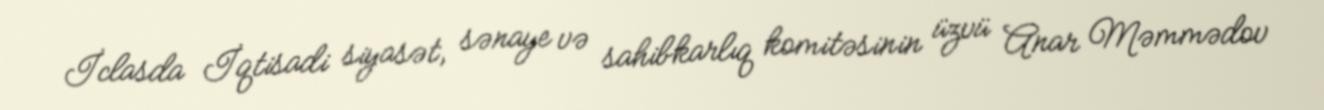
İclasda İqtisadi siyasət, sənaye və sahibkarlıq komitəsinin üzvü Anar Məmmədov